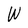
Character: W